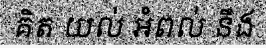
គិត យល់ អំពល់ នឹង